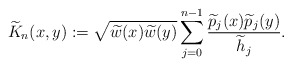
\begin{align*} \widetilde{K}_n(x,y) := \sqrt{\widetilde{w}(x)\widetilde{w}(y)} \sum_{j=0}^{n-1}\frac{\widetilde{p}_j(x)\widetilde{p}_j(y)}{\widetilde{h}_j}. \end{align*}